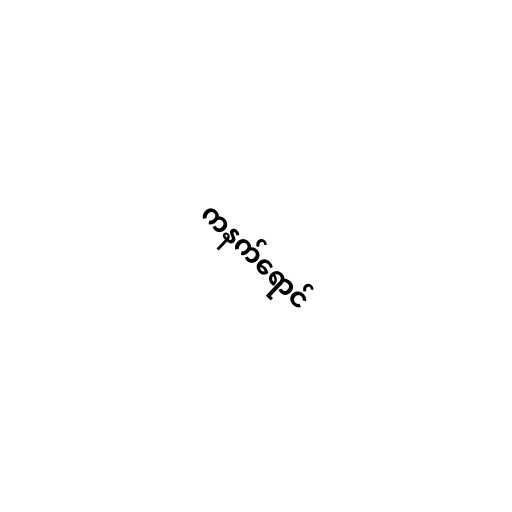
ကနက်ရောင်